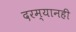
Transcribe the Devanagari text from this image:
दरम्यानही